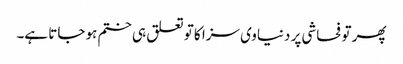
پھر تو فحاشی پر دنیاوی سزا کا تو تعلق ہی ختم ہو جاتا ہے۔